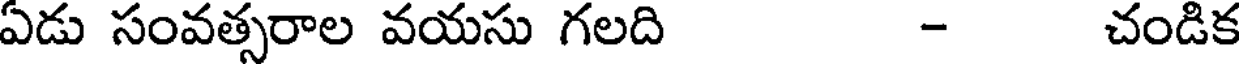
ఏడు సంవత్సరాల వయసు గలది - చండిక